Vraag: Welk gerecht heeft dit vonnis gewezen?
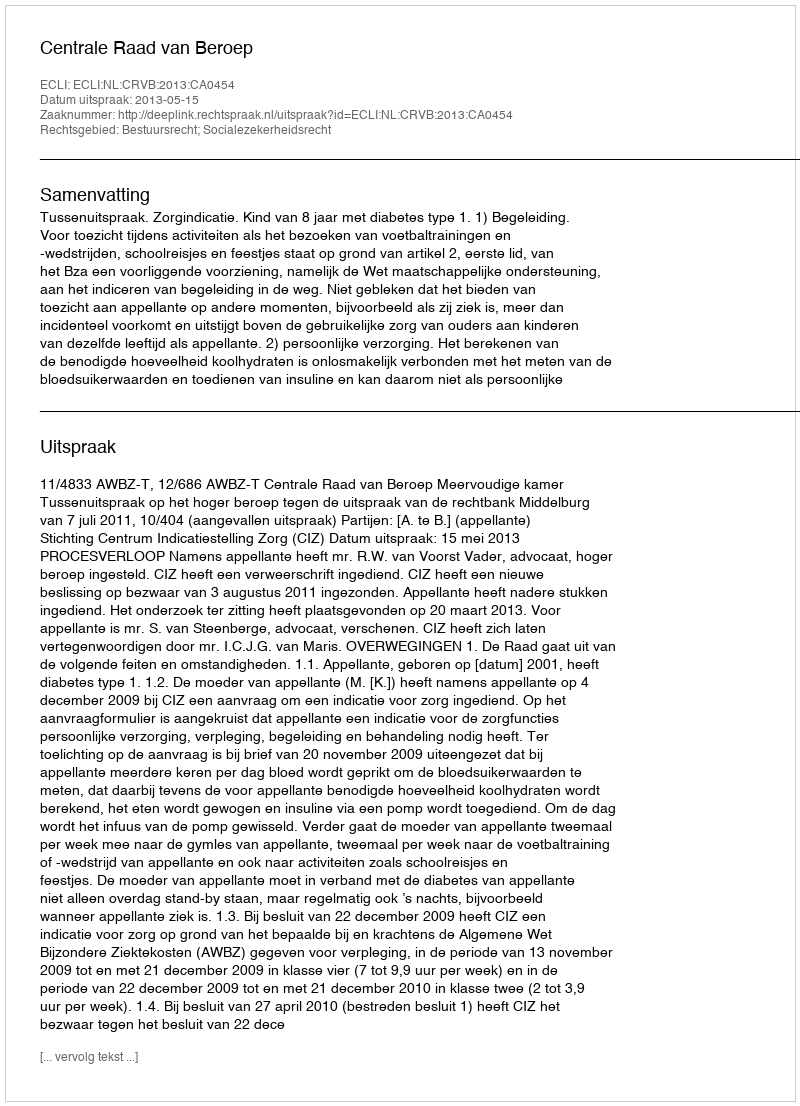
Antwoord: Centrale Raad van Beroep